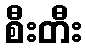
စီးတီး